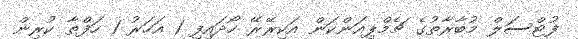
ފުޓްސަލް މުބާރާތުގެ ޗެމްޕިއަންކަން އަކިރޭރޭ ހޯދައިފި 1 އަހަރު 1 ހަފްތާ ކުރިން